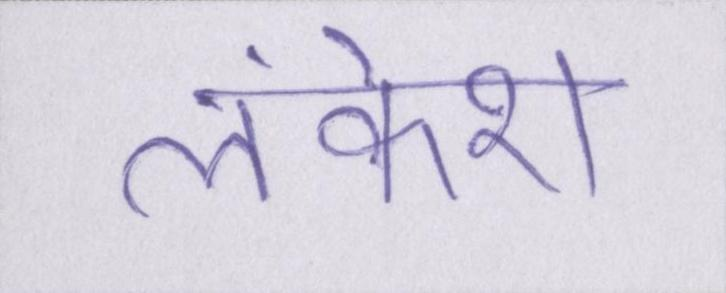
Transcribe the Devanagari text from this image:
लंकेश